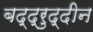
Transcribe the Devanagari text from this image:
बद्द्रुद्दीन